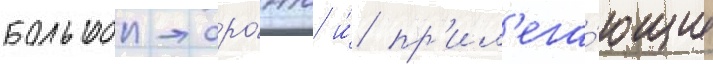
большои торо́нто и́ пр'ил'ега́ющие